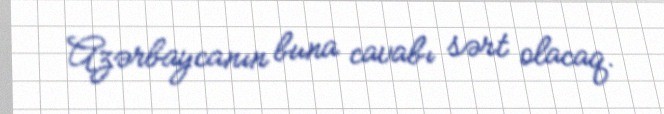
Azərbaycanın buna cavabı sərt olacaq.